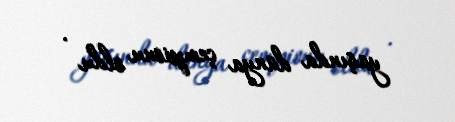
yaşında dünya çempionu oldu .